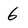
Character: 6